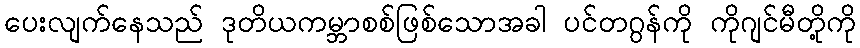
ပေးလျက်နေသည် ဒုတိယကမ္ဘာစစ်ဖြစ်သောအခါ ပင်တဂွန်ကို ကိုဂျင်မီတို့ကို